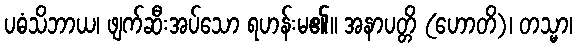
ပဓံသိဘာယ၊ ဖျက်ဆီးအပ်သော ရဟန်းမ၏။ အနာပတ္တိ (ဟောတိ)၊ တသ္မာ၊